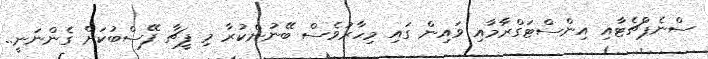
ސްނެޕްޗެޓާއި އިންސްޓަގްރާމާއި ވައިން ގައި މިހާރުވެސް ބޭނުންކުރާ މި ފީޗާ ފޭސްބުކަށް ގެންނަނީ..